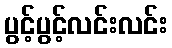
ပွင့်ပွင့်လင်းလင်း